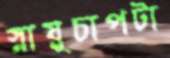
স্নায়ুচাপটা